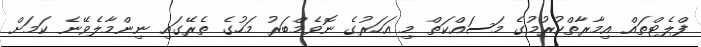
ފްލެޓްތައް އިމާރާތްކުރުމުގެ މަސައްކަތް މި އަހަރުގެ ނޮވެމްބަރު މަހުގެ ތެރޭގައި ނިންމާލެވޭނެ ކަމަށް